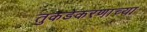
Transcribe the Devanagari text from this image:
तुकडेकरणाच्या